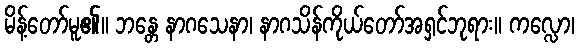
မိန့်တော်မူ၏။ ဘန္တေ နာဂသေနာ၊ နာဂသိန်ကိုယ်တော်အရှင်ဘုရား။ ကလ္လော၊